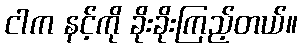
ငါက နင့်ကို ခိုးခိုးကြည့်တယ်။